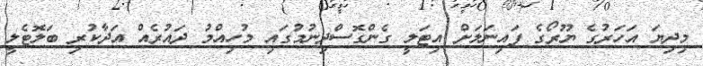
މިދިޔަ އަހަރުގެ ޔޫރޯގެ ފައިނަލަށް އިޓަލީ ގެންގޮސްދިނުމުގައި މުހިއްމު ދައުރެއް އަދާކުރި ބަލޮޓެލީ